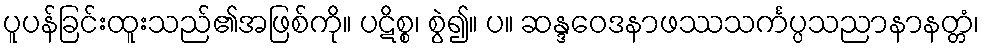
ပူပန်ခြင်းထူးသည်၏အဖြစ်ကို။ ပဋိစ္စ၊ စွဲ၍။ ပ။ ဆန္ဒဝေဒနာဖဿသင်္ကပ္ပသညာနာနတ္တံ၊